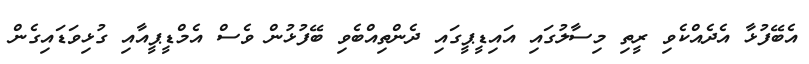
އެބޭފުޅާ އެދެއްކެވި ރީތި މިސާލުގައި އައިޑީޕީގައި ދެންތިއްބެވި ބޭފުޅުން ވެސް އެމްޑީޕީއާއި ގުޅިވަޑައިގެން